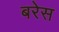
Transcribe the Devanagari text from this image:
बरेस